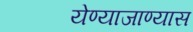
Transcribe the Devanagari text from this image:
येण्याजाण्यास